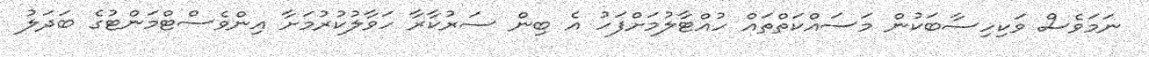
ނަމަވެސް ވަކިހިސާބަކުން މަސައްކަތްތައް ހުއްޓާލުމަށްފަހު އެ ބިން ސަރުކާރާ ހަވާލުކުރުމަށާ އިންވެސްޓްމަންޓުގެ ބަދަލު